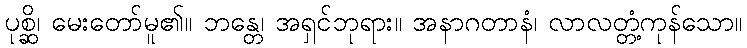
ပုစ္ဆိ၊ မေးတော်မူ၏။ ဘန္တေ၊ အရှင်ဘုရား။ အနာဂတာနံ၊ လာလတ္တံ့ကုန်သော။